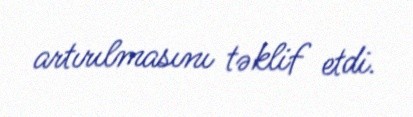
artırılmasını təklif etdi.